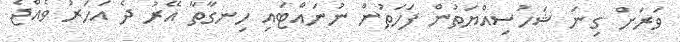
ވަރަށް ގިނަ ޝަހުސިއްޔަތުން ފަހަތުން ނުނައްޓައި ހިނގާތާ އޭރު ދެ އަހަރު ވެއްޖެ